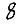
Digit: 8